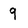
Character: 9